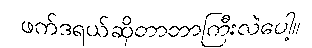
ဖက်ဒရယ်ဆိုတာဘာကြီးလဲပေါ့။